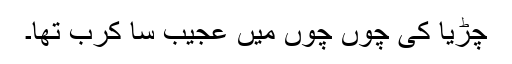
چڑیا کی چوں چوں میں عجیب سا کرب تھا۔